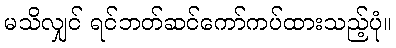
မသိလျှင် ရင်ဘတ်ဆင်ကော်ကပ်ထားသည့်ပုံ။